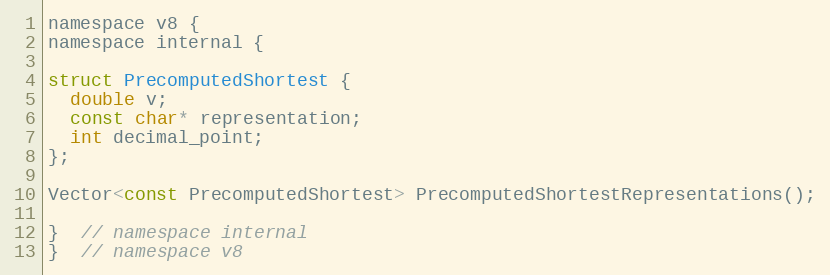
Language: C
namespace v8 {
namespace internal {

struct PrecomputedShortest {
  double v;
  const char* representation;
  int decimal_point;
};

Vector<const PrecomputedShortest> PrecomputedShortestRepresentations();

}  // namespace internal
}  // namespace v8